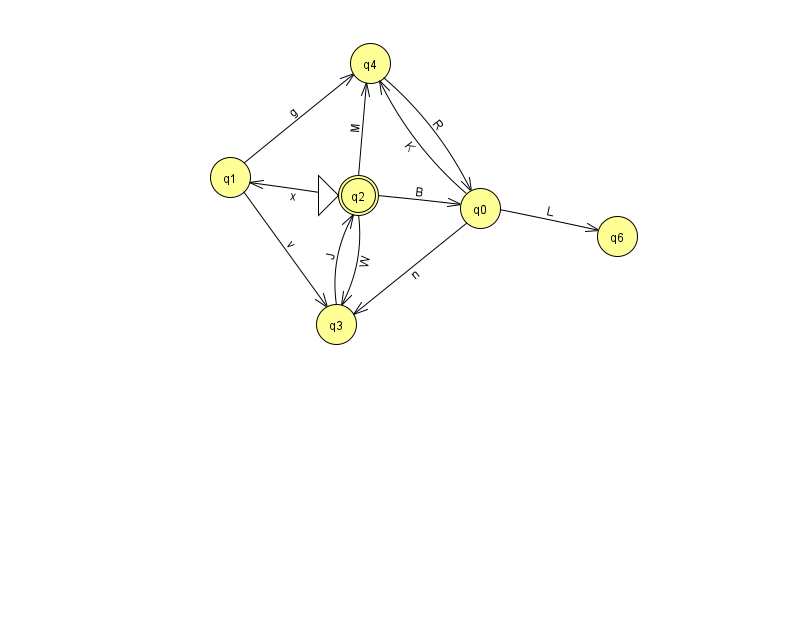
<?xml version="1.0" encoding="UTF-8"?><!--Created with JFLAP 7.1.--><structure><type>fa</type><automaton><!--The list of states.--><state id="0" name="q0"><x>480.0</x><y>195.0</y></state><state id="1" name="q1"><x>230.0</x><y>164.0</y></state><state id="2" name="q2"><x>358.0</x><y>182.0</y><initial/><final/></state><state id="3" name="q3"><x>336.0</x><y>311.0</y></state><state id="4" name="q4"><x>370.0</x><y>50.0</y></state><state id="6" name="q6"><x>617.0</x><y>223.0</y></state><!--The list of transitions.--><transition><from>4</from><to>0</to><read>R</read></transition><transition><from>2</from><to>4</to><read>M</read></transition><transition><from>3</from><to>2</to><read>J</read></transition><transition><from>0</from><to>3</to><read>n</read></transition><transition><from>2</from><to>3</to><read>W</read></transition><transition><from>0</from><to>4</to><read>K</read></transition><transition><from>1</from><to>4</to><read>g</read></transition><transition><from>2</from><to>0</to><read>B</read></transition><transition><from>0</from><to>6</to><read>L</read></transition><transition><from>1</from><to>3</to><read>v</read></transition><transition><from>2</from><to>1</to><read>x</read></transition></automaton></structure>